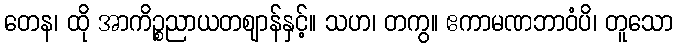
တေန၊ ထို အာကိဉ္စညာယတဈာန်နှင့်။ သဟ၊ တကွ။ ဧကာမဏဘာဝံပိ၊ တူသော